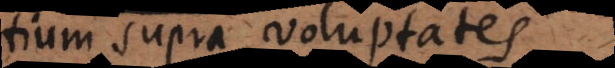
tium supra voluptates.